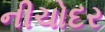
નીચોદર